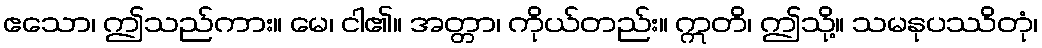
ဧသော၊ ဤသည်ကား။ မေ၊ ငါ၏။ အတ္တာ၊ ကိုယ်တည်း။ ဣတိ၊ ဤသို့။ သမနုပဿိတုံ၊